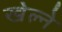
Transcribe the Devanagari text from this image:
खेल्ने